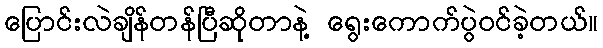
ပြောင်းလဲချိန်တန်ပြီဆိုတာနဲ့ ရွေးကောက်ပွဲဝင်ခဲ့တယ်။